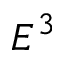
E ^ { 3 }